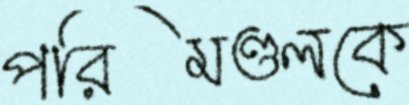
পরিমণ্ডলকে